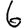
Digit: 6